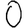
Digit: 0